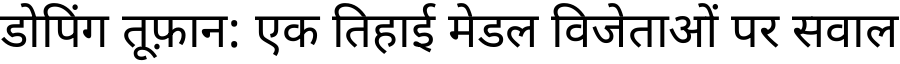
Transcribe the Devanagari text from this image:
डोपिंग तूफ़ान: एक तिहाई मेडल विजेताओं पर सवाल